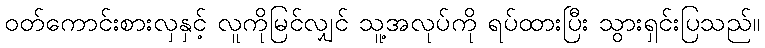
ဝတ်ကောင်းစားလှနှင့် လူကိုမြင်လျှင် သူ့အလုပ်ကို ရပ်ထားပြီး သွားရှင်းပြသည်။